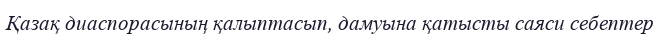
Қазақ диаспорасының қалыптасып, дамуына қатысты саяси себептер